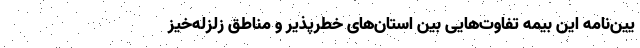
یین‌نامه این بیمه تفاوت‌هایی بین استان‌های خطرپذیر و مناطق زلزله‌خیز